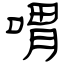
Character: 喟